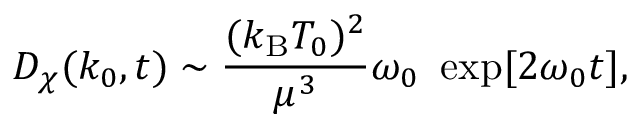
D _ { \chi } ( k _ { 0 } , t ) \sim { \frac { ( k _ { \mathrm { B } } T _ { 0 } ) ^ { 2 } } { \mu ^ { 3 } } } \omega _ { 0 } ~ \exp [ 2 \omega _ { 0 } t ] ,